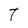
Character: T